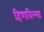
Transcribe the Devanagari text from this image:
हिणविल्या